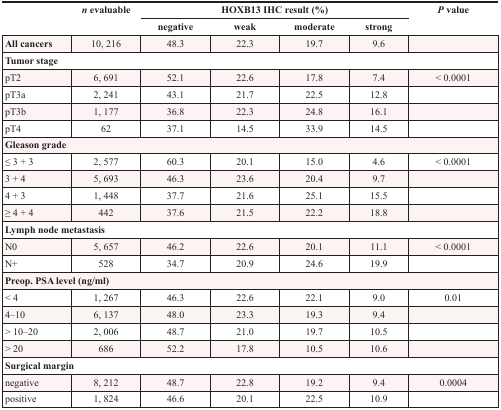
<table><thead><tr><td rowspan="2"></td><td rowspan="2"><b><i>n</i> evaluable</b></td><td colspan="4"><b>HOXB13 IHC result (%)</b></td><td rowspan="2"><b><i>P</i> value</b></td></tr><tr><td><b>negative</b></td><td><b>weak</b></td><td><b>moderate</b></td><td><b>strong</b></td></tr></thead><tbody><tr><td><b>All cancers</b></td><td>10, 216</td><td>48.3</td><td>22.3</td><td>19.7</td><td>9.6</td><td></td></tr><tr><td colspan="7"><b>Tumor stage</b></td></tr><tr><td>pT2</td><td>6, 691</td><td>52.1</td><td>22.6</td><td>17.8</td><td>7.4</td><td>&lt; 0.0001</td></tr><tr><td>pT3a</td><td>2, 241</td><td>43.1</td><td>21.7</td><td>22.5</td><td>12.8</td><td></td></tr><tr><td>pT3b</td><td>1, 177</td><td>36.8</td><td>22.3</td><td>24.8</td><td>16.1</td><td></td></tr><tr><td>pT4</td><td>62</td><td>37.1</td><td>14.5</td><td>33.9</td><td>14.5</td><td></td></tr><tr><td colspan="7"><b>Gleason grade</b></td></tr><tr><td>≤ 3 + 3</td><td>2, 577</td><td>60.3</td><td>20.1</td><td>15.0</td><td>4.6</td><td>&lt; 0.0001</td></tr><tr><td>3 + 4</td><td>5, 693</td><td>46.3</td><td>23.6</td><td>20.4</td><td>9.7</td><td></td></tr><tr><td>4 + 3</td><td>1, 448</td><td>37.7</td><td>21.6</td><td>25.1</td><td>15.5</td><td></td></tr><tr><td>≥ 4 + 4</td><td>442</td><td>37.6</td><td>21.5</td><td>22.2</td><td>18.8</td><td></td></tr><tr><td colspan="7"><b>Lymph node metastasis</b></td></tr><tr><td>N0</td><td>5, 657</td><td>46.2</td><td>22.6</td><td>20.1</td><td>11.1</td><td>&lt; 0.0001</td></tr><tr><td>N+</td><td>528</td><td>34.7</td><td>20.9</td><td>24.6</td><td>19.9</td><td></td></tr><tr><td colspan="7"><b>Preop. PSA level (ng/ml)</b></td></tr><tr><td>&lt; 4</td><td>1, 267</td><td>46.3</td><td>22.6</td><td>22.1</td><td>9.0</td><td>0.01</td></tr><tr><td>4–10</td><td>6, 137</td><td>48.0</td><td>23.3</td><td>19.3</td><td>9.4</td><td></td></tr><tr><td>&gt; 10–20</td><td>2, 006</td><td>48.7</td><td>21.0</td><td>19.7</td><td>10.5</td><td></td></tr><tr><td>&gt; 20</td><td>686</td><td>52.2</td><td>17.8</td><td>10.5</td><td>10.6</td><td></td></tr><tr><td colspan="7"><b>Surgical margin</b></td></tr><tr><td>negative</td><td>8, 212</td><td>48.7</td><td>22.8</td><td>19.2</td><td>9.4</td><td>0.0004</td></tr><tr><td>positive</td><td>1, 824</td><td>46.6</td><td>20.1</td><td>22.5</td><td>10.9</td><td></td></tr></tbody></table>